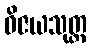
ဝိဇယသုတ္တ